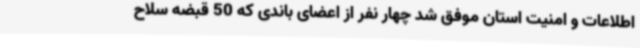
اطلاعات و امنیت استان موفق شد چهار نفر از اعضای باندی که 50 قبضه سلاح